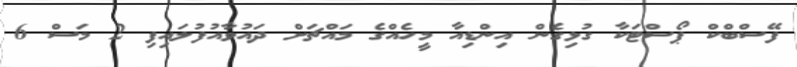
ފޭސްބްކް ޕޯސްޓަކާ ގުޅިގެން އިންޑިއާ މީހެއްގެ މައްޗަށް ދައުވާއުފުލައިފި 2 މަސް 6